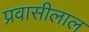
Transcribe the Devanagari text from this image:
प्रवासीलाल